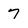
Character: 7